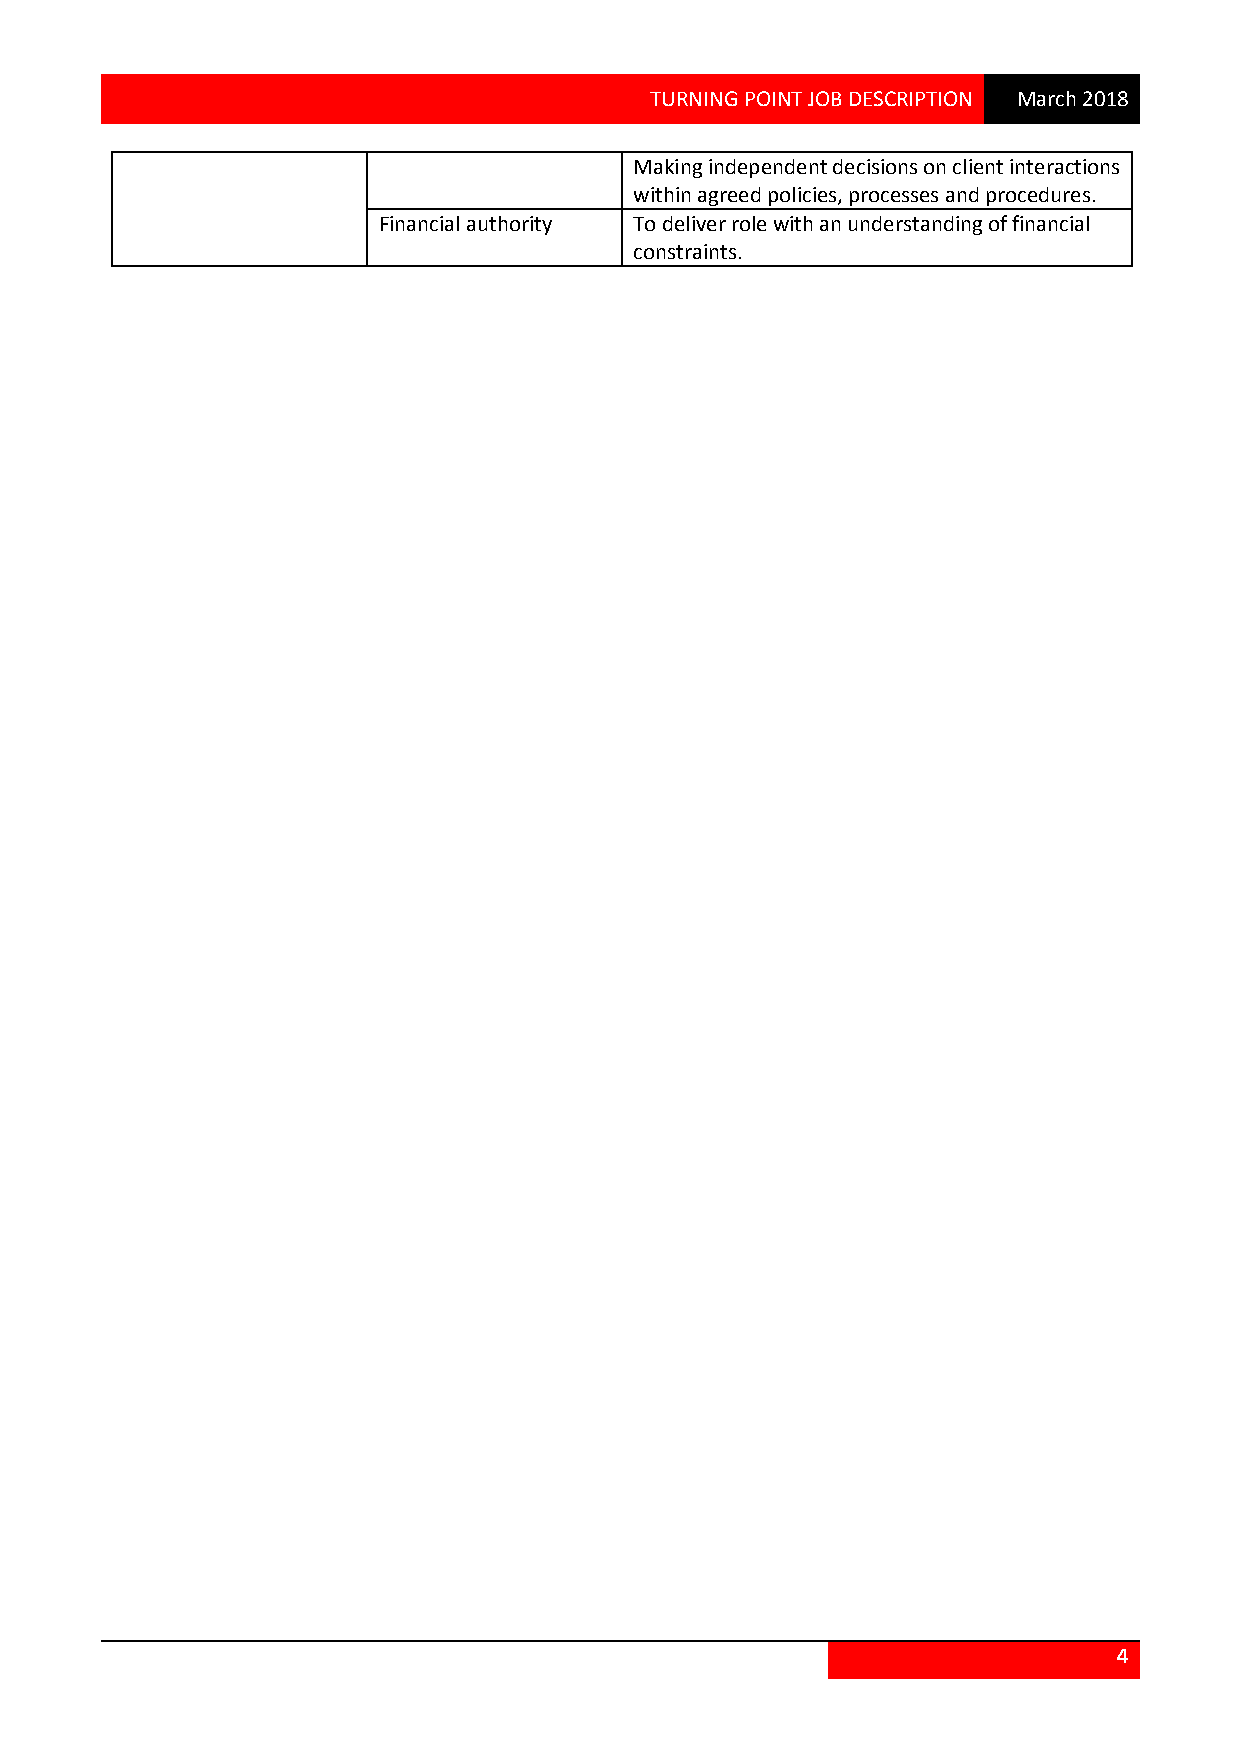
TURNING POINT JOB DESCRIPTION March 2018
 Making independent decisions on client interactions
 within agreed policies, processes and procedures.
 Financial authority To deliver role with an understanding of financial
 constraints.
 4